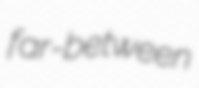
far-between